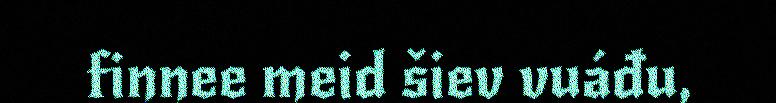
finnee meid šiev vuáđu,